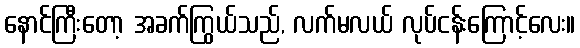
နောင်ကြီးတော့ အခက်ကြွယ်သည်, လက်မလယ် လုပ်ငန်းကြောင့်လေး။